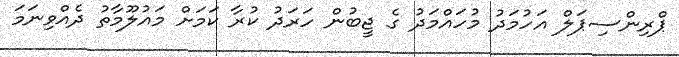
ޕްރިންސިޕަލް އަހުމަދު މުހައްމަދު ގެ ޖީބުން ހަރަދު ކުރާ ކަމަށް މައުލޫމާތު ދެއްވިނަމަ